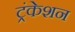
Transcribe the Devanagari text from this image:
ट्रंकेशन